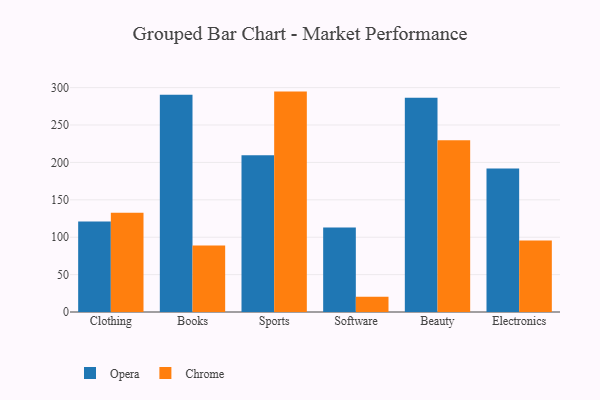
{"axis": {"x": "Category", "y": "Inventory Turnover"}, "legend": ["Chrome", "Opera"], "data": [{"x": "Clothing", "y": 121.1, "type": "Opera"}, {"x": "Clothing", "y": 132.6, "type": "Chrome"}, {"x": "Books", "y": 290.6, "type": "Opera"}, {"x": "Books", "y": 89.0, "type": "Chrome"}, {"x": "Sports", "y": 209.7, "type": "Opera"}, {"x": "Sports", "y": 294.7, "type": "Chrome"}, {"x": "Software", "y": 112.9, "type": "Opera"}, {"x": "Software", "y": 20.3, "type": "Chrome"}, {"x": "Beauty", "y": 286.4, "type": "Opera"}, {"x": "Beauty", "y": 229.8, "type": "Chrome"}, {"x": "Electronics", "y": 191.9, "type": "Opera"}, {"x": "Electronics", "y": 95.5, "type": "Chrome"}]}